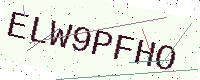
Text: ELW9PFHO